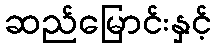
ဆည်မြောင်းနှင့်